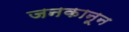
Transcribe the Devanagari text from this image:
जनकानून